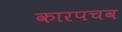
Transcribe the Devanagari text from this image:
कारपचव